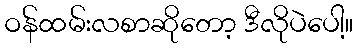
ဝန်ထမ်းလစာဆိုတော့ ဒီလိုပဲပေါ့။